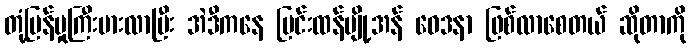
တုံ့ပြန်မှုကြီးမားလာပြီး အဲဒီကနေ ပြင်းထန်ပျို့အန် ဝေဒနာ ဖြစ်လာစေတယ် ဆိုတာကို